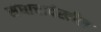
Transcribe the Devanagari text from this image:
संघाचादेखील